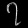
Digit: ၇